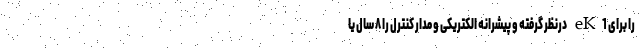
را برای eK1 درنظر گرفته و پیشرانه الکتریکی و مدار کنترل را ۸ سال یا